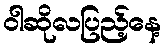
ဝါဆိုလပြည့်နေ့